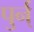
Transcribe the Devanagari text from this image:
पुर्न्